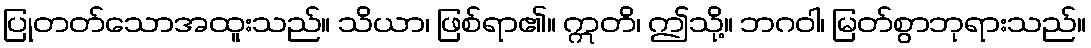
ပြုတတ်သောအထူးသည်။ သိယာ၊ ဖြစ်ရာ၏။ ဣတိ၊ ဤသို့။ ဘဂဝါ၊ မြတ်စွာဘုရားသည်။